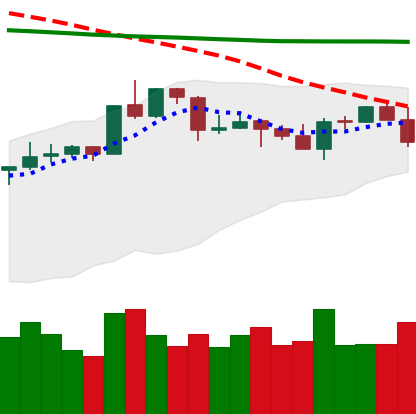
Ticker: XRP-USD
Chart end date: 2020-04-20
Forward return: 6.302%
Label: up_5_7